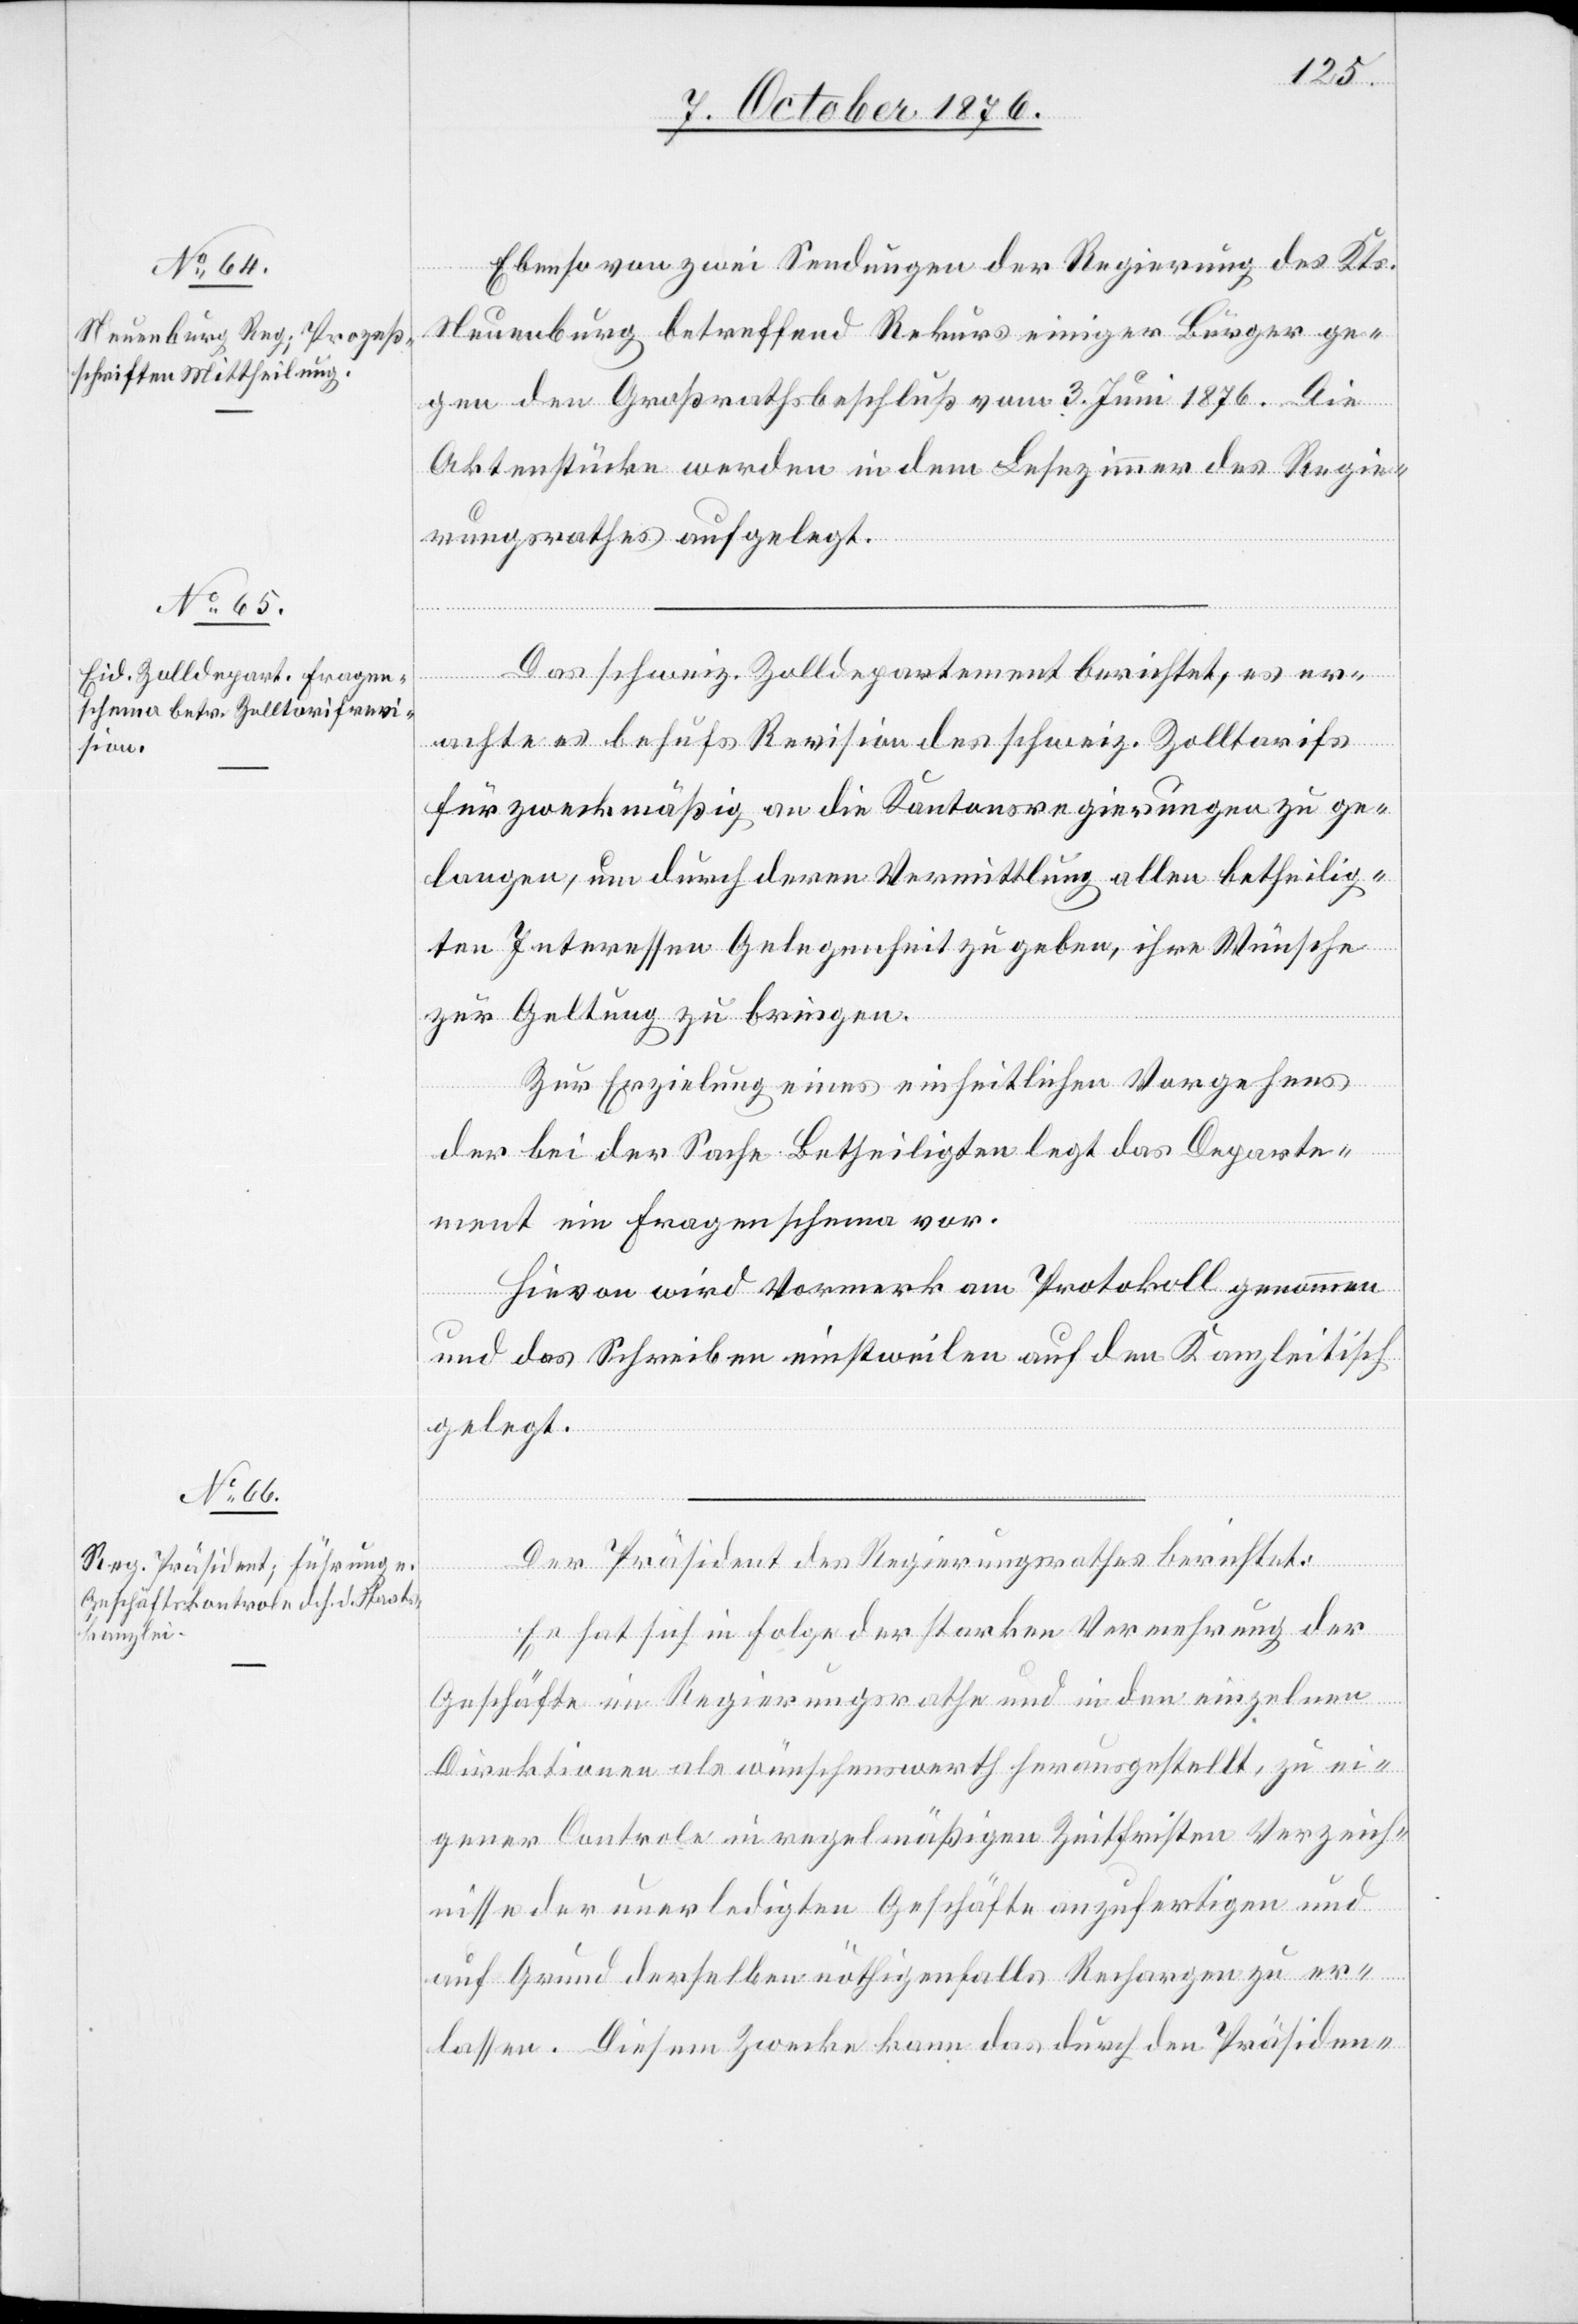
Ebenso von zwei Sendungen der Regierung des Kts.
Neuenburg betreffend Rekurs einiger Bürger ge¬
gen den Großrathsbeschluß vom 3. Juni 1876. Die
Aktenstücke werden in dem Lesezimmer des Regie¬
rungsrathes aufgelegt.
Das schweiz. Zolldepartement berichtet, es er¬
achte es behufs Revision des schweiz. Zolltarifs
für zweckmäßig an die Kantonsregierungen zu ge¬
langen, um durch deren Vermittlung allen betheilig¬
ten Interessen Gelegenheit zu geben, ihre Wünsche
zur Geltung zu bringen.
Zur Erzielung eines einheitlichen Vorgehens
der bei der Sache Betheiligten legt das Departe¬
ment ein Fragenschema vor.
Hievon wird Vormerk am Protokoll genommen
und das Schreiben einstweilen auf den Kanzleitisch
gelegt.
Der Präsident des Regierungsrathes berichtet:
Es hat sich in Folge der starken Vermehrung der
Geschäfte im Regierungsrathe und in den einzelnen
Direktionen als wünschenswerth herausgestellt, zu ei¬
gener Controle in regelmäßigen Zeitfristen Verzeich¬
nisse der unerledigten Geschäfte anzufertigen und
auf Grund derselben nöthigenfalls Rechargen zu er¬
lassen. Diesem Zwecke kann das durch den Präsiden-